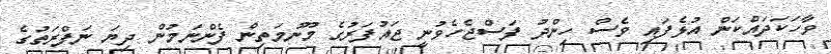
ވާހަކަދައްކަން އުޅެފައި ވެސް ހިންދު ފަސްޖެހެވުނީ ޖައުފަރުގެ މޫނުމަތިން ފެންނަމުން ދިޔަ ނަފްރަތުގެ